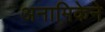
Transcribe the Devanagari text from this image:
अनामिकेने